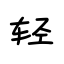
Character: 轻